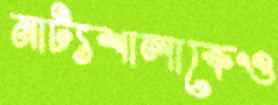
নাট্যশালাকেও